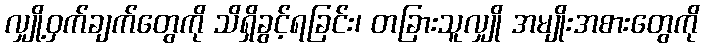
လျှို့ဝှက်ချက်တွေကို သိရှိခွင့်ရခြင်း၊ တခြားသူလျှို အမျိုးအစားတွေကို